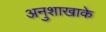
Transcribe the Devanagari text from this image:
अनुशाखाके